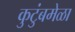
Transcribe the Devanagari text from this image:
कुटुंबमेळा